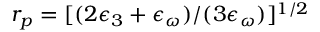
r _ { p } = [ ( 2 \epsilon _ { 3 } + \epsilon _ { \omega } ) / ( 3 \epsilon _ { \omega } ) ] ^ { 1 / 2 }